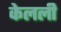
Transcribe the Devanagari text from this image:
केलली